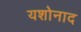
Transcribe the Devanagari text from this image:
यशोनाद